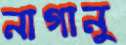
নাগানু